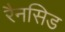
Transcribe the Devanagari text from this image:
रैनसिड